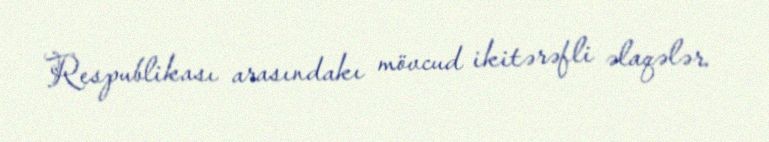
Respublikası arasındakı mövcud ikitərəfli əlaqələr.